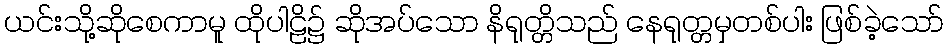
ယင်းသို့ဆိုစေကာမူ ထိုပါဠိ၌ ဆိုအပ်သော နိရုတ္တိသည် နေရုတ္တမှတစ်ပါး ဖြစ်ခဲ့သော်